画像に写った文字を読んでください
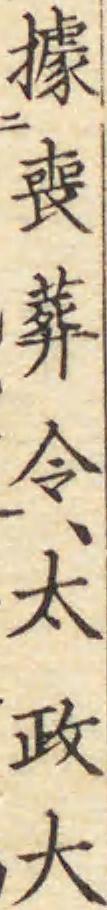
「據喪葬令、太政大」と書いてあります